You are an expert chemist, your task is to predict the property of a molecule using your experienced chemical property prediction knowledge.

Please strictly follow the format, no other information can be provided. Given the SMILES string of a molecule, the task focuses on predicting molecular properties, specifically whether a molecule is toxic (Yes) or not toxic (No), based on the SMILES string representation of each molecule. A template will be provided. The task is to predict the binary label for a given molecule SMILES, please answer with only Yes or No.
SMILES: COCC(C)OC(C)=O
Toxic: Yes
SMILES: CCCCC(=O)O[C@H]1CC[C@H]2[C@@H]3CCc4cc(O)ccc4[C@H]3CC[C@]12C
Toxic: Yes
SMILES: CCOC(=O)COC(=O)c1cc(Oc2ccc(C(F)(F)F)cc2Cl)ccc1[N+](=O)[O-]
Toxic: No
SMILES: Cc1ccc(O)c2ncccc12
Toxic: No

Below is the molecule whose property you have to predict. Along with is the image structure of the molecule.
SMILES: C=C(C)C(=O)OCCN(CC)CC
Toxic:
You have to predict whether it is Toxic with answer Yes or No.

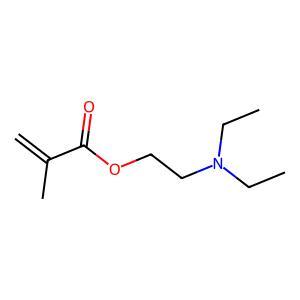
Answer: No